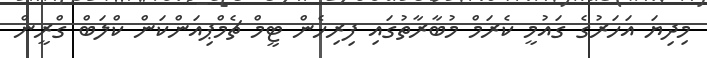
މިދިޔަ އަހަރުގެ ގައުމީ ކެރަމް މުބާރާތުގައި ފިރިހެން ޓީމް ޗެމްޕިއަންކަން ކްލަބް ގްރީން